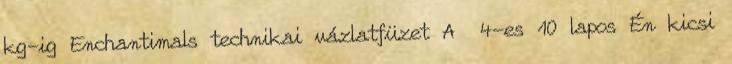
kg-ig Enchantimals technikai vázlatfüzet A 4-es 10 lapos Én kicsi